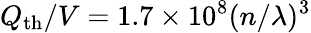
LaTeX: Q_{\mathrm{th}}/V=1.7\times 10^{8}(n/\lambda)^{3}